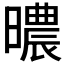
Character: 𣋏